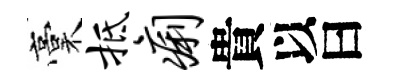
稾抵痢貴以曰